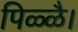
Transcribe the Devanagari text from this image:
पिळ्ळै।